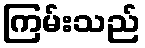
ကြမ်းသည်